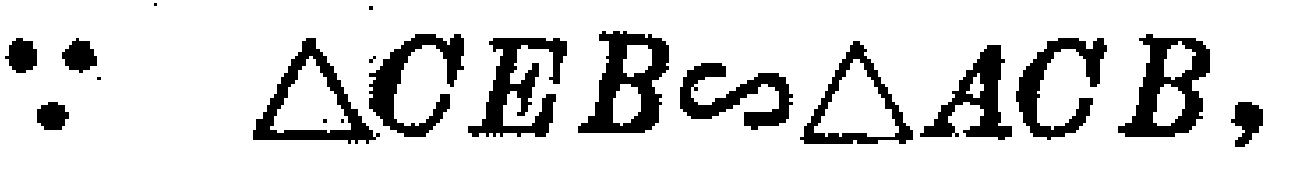
$\because \triangle CEB\backsim \triangle ACB,$